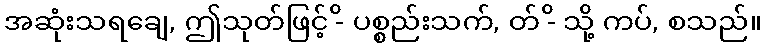
အဆုံးသရချေ, ဤသုတ်ဖြင့် -ိ ပစ္စည်းသက်, တ် -ိ သို့ ကပ်, စသည်။